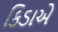
કિડાએ